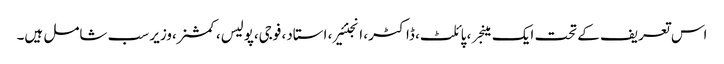
اس تعریف کے تحت ایک مینجر ، پائلٹ، ڈاکٹر، انجنئیر، استاد، فوجی،پولیس، کمشنر،وزیر سب شامل ہیں۔